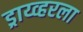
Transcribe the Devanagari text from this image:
ड्राय्व्हरला